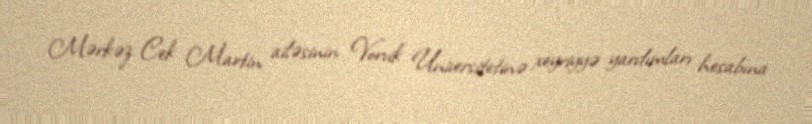
Mərkəz Cek Martin ailəsinin Vorvik Universitetinə xeyriyyə yardımları hesabına